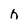
Character: n